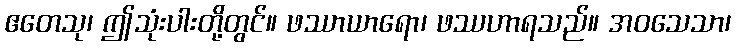
ဧတေသု၊ ဤသုံးပါးတို့တွင်။ ဖဿာယာရော၊ ဖဿဟာရသည်။ အဝသေသာ၊